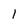
Character: I